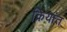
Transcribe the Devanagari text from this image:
क्रियांत